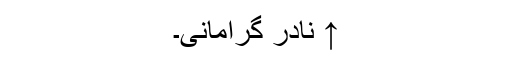
↑ نادر گرامانی۔